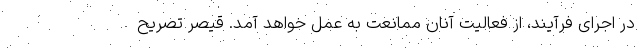
در اجرای فرآیند، از فعالیت آنان ممانعت به عمل خواهد آمد. قیصر تصریح